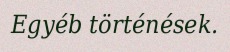
Egyéb történések.